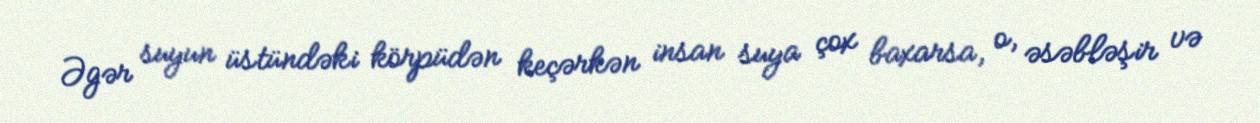
Əgər suyun üstündəki körpüdən keçərkən insan suya çox baxarsa, o, əsəbləşir və